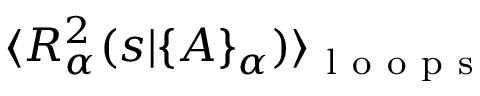
\langle { \cal R } _ { \alpha } ^ { 2 } ( s | \{ A \} _ { \alpha } ) \rangle _ { \mathrm { ~ l ~ o ~ o ~ p ~ s ~ } }